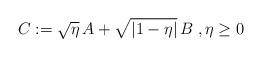
LaTeX: \begin{align*}C := \sqrt{\eta}\,A + \sqrt{|1-\eta|}\,B\;,\eta\ge0\end{align*}